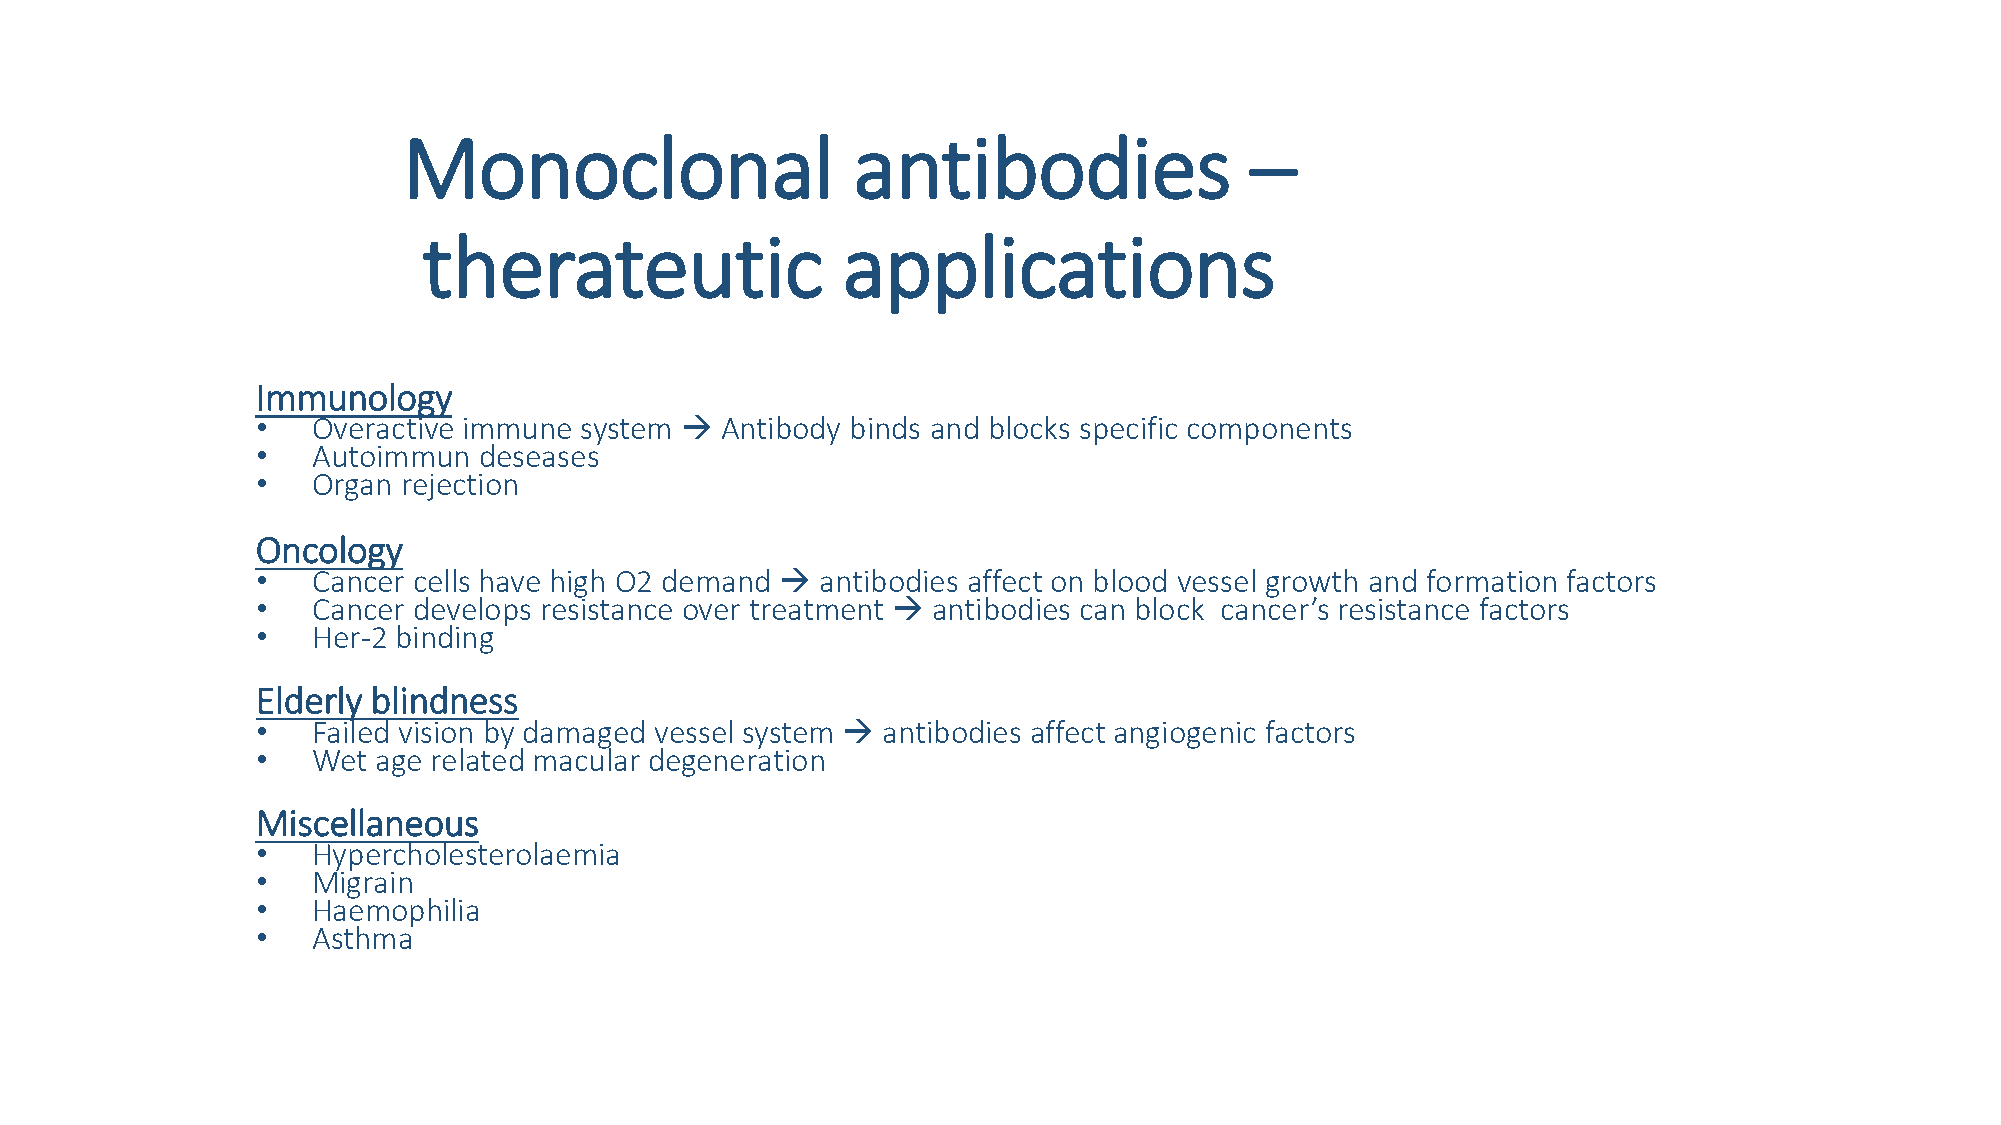
Monoclonal                   antibodies                 –
 therateutic                 applications
 Immunology
 •   Overactive immune system  Antibody binds and blocks specific components
 •   Autoimmun  deseases
 •   Organ rejection
 Oncology
 •   Cancer cells have high O2 demand  antibodies affect on blood vessel growth and formation factors
 •   Cancer develops resistance over treatment  antibodies can block cancer’s resistance factors
 •   Her-2 binding
 Elderly blindness
 •   Failed vision by damaged vessel system  antibodies affect angiogenic factors
 •   Wet age related macular degeneration
 Miscellaneous
 •   Hypercholesterolaemia
 •   Migrain
 •   Haemophilia
 •   Asthma